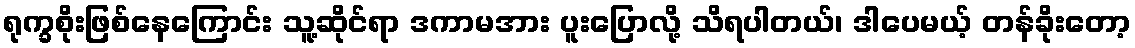
ရုက္ခစိုးဖြစ်နေကြောင်း သူ့ဆိုင်ရာ ဒကာမအား ပူးပြောလို့ သိရပါတယ်၊ ဒါပေမယ့် တန်ခိုးတော့